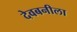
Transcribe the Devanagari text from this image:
देवबनीला